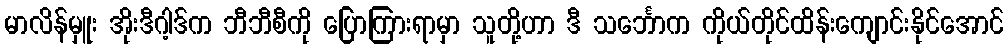
မာလိန်မှူး အိုးဒီဂါ့ဒ်က ဘီဘီစီကို ပြောကြားရာမှာ သူတို့ဟာ ဒီ သင်္ဘောက ကိုယ်တိုင်ထိန်းကျောင်းနိုင်အောင်